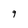
Character: 9